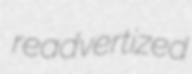
readvertized